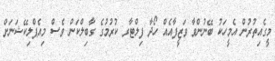
މީގެއިތުރުން އެމީހަކު ބޭނުންވާ ވަޒީފާއެއް ހޯދާ ފިލްޓާރ ކުރުމުގެ ގާބިލްކަން ވެސް މިއެޕްލިކޭޝަނަށް